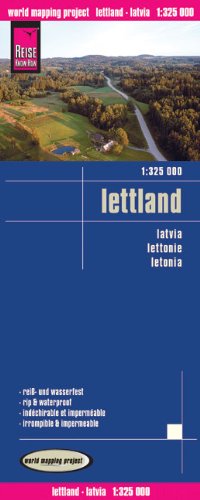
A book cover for Latvia Road Map (Lettland) 1:325,000; Reise Know How; Travel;